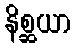
နိစ္ဆယာ